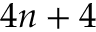
4 n + 4